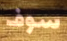
سوف